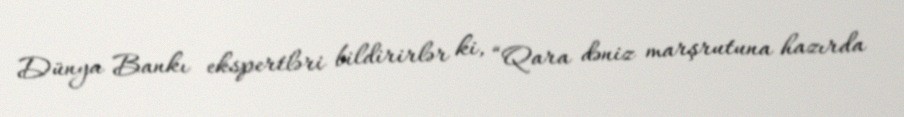
Dünya Bankı ekspertləri bildirirlər ki, “Qara dəniz marşrutuna hazırda